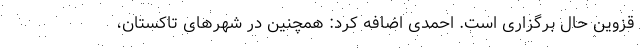
قزوین حال برگزاری است. احمدی اضافه کرد: همچنین در شهرهای تاکستان،